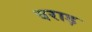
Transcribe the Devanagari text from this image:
वराड़